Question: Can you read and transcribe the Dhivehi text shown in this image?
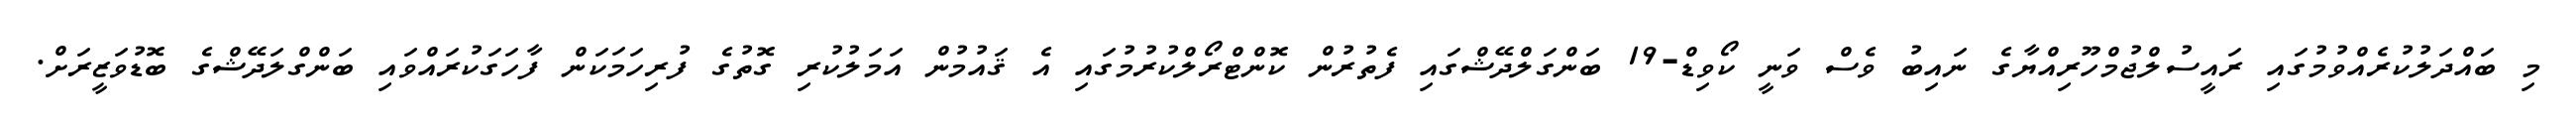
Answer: މި ބައްދަލުކުރެއްވުމުގައި ރައީސުލްޖުމްހޫރިއްޔާގެ ނައިބު ވެސް ވަނީ ކޯވިޑް-19 ބަންގަލްދޭޝްގައި ފެތުރުން ކޮންޓްރޯލްކުރުމުގައި އެ ޤައުމުން އަމަލުކުރި ގޮތުގެ ފުރިހަމަކަން ފާހަގަކުރައްވައި ބަންގްލަދޭޝްގެ ބޮޑުވަޒީރަށް.